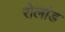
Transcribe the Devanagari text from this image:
रोलांड